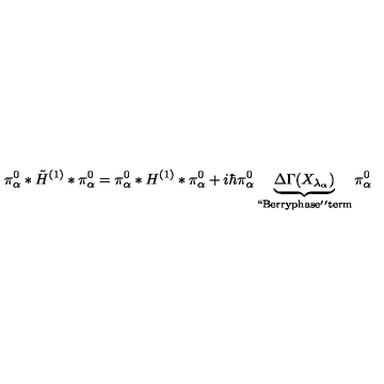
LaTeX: \pi _ { \alpha } ^ { 0 } * \tilde { H } ^ { ( 1 ) } * \pi _ { \alpha } ^ { 0 } = \pi _ { \alpha } ^ { 0 } * H ^ { ( 1 ) } * \pi _ { \alpha } ^ { 0 } + i \hbar \pi _ { \alpha } ^ { 0 } \underbrace { \Delta \Gamma ( X _ { \lambda _ { \alpha } } ) } _ { \mathrm { ` ` B e r r y p h a s e ' ' t e r m } } \pi _ { \alpha } ^ { 0 }